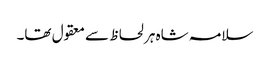
سلامہ شاہ ہر لحاظ سے معقول تھا۔